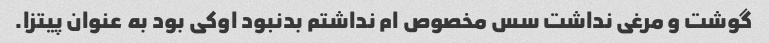
گوشت و مرغی نداشت سس مخصوص ام نداشتم بدنبود اوکی بود به عنوان پیتزا.